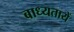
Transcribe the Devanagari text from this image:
बाध्यतायें